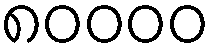
၈၀၀၀၀